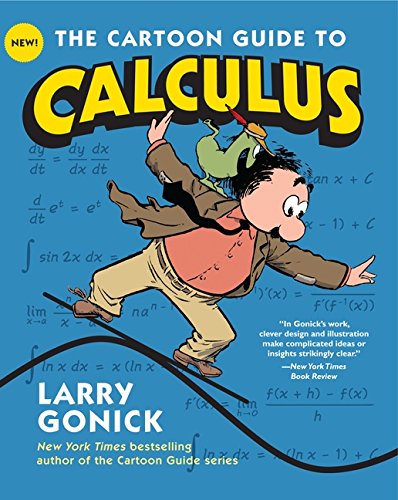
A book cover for The Cartoon Guide to Calculus (Cartoon Guide Series); Larry Gonick; Comics & Graphic Novels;